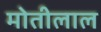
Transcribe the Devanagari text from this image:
माेतीलाल